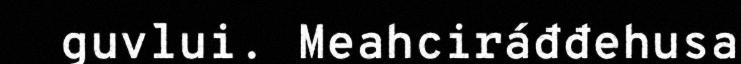
guvlui. Meahciráđđehusa